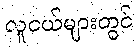
လူငယ်များတွင်